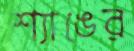
শ্যাঙের